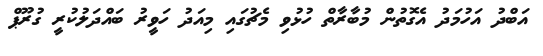
އަބްދު އަހުމަދު އެގޮތުން މުބާރާތް ހުޅުވި މެޗުގައި މިއަދު ހަވީރު ބައްދަލުކުރީ ގުރޫޕް